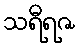
သရီရဇ